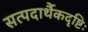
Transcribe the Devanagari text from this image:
सत्पदार्थैकदृष्टिः